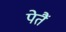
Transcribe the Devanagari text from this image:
पेतैं